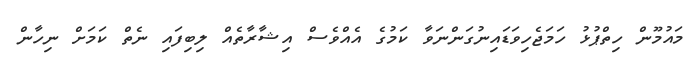
މައުމޫން ހިތްޕުޅު ހަމަޖެހިވަޑައިނުގަންނަވާ ކަމުގެ އެއްވެސް އިޝާރާތެއް ލިބިފައި ނެތް ކަމަށް ނިހާން